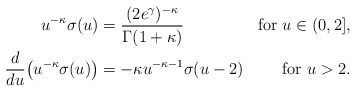
\begin{align*}\begin{aligned}u^{-\kappa}\sigma(u)&=\frac{(2e^\gamma)^{-\kappa}}{\Gamma(1+\kappa)}&\mbox{for }u\in(0,2],\\\frac{d}{du}\bigl(u^{-\kappa}\sigma(u)\bigr)&=-\kappa u^{-\kappa-1}\sigma(u-2)&\mbox{for }u>2.\end{aligned}\end{align*}